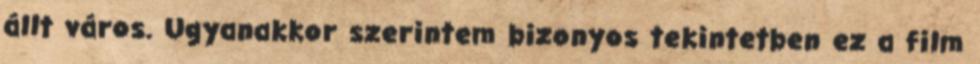
állt város. Ugyanakkor szerintem bizonyos tekintetben ez a film